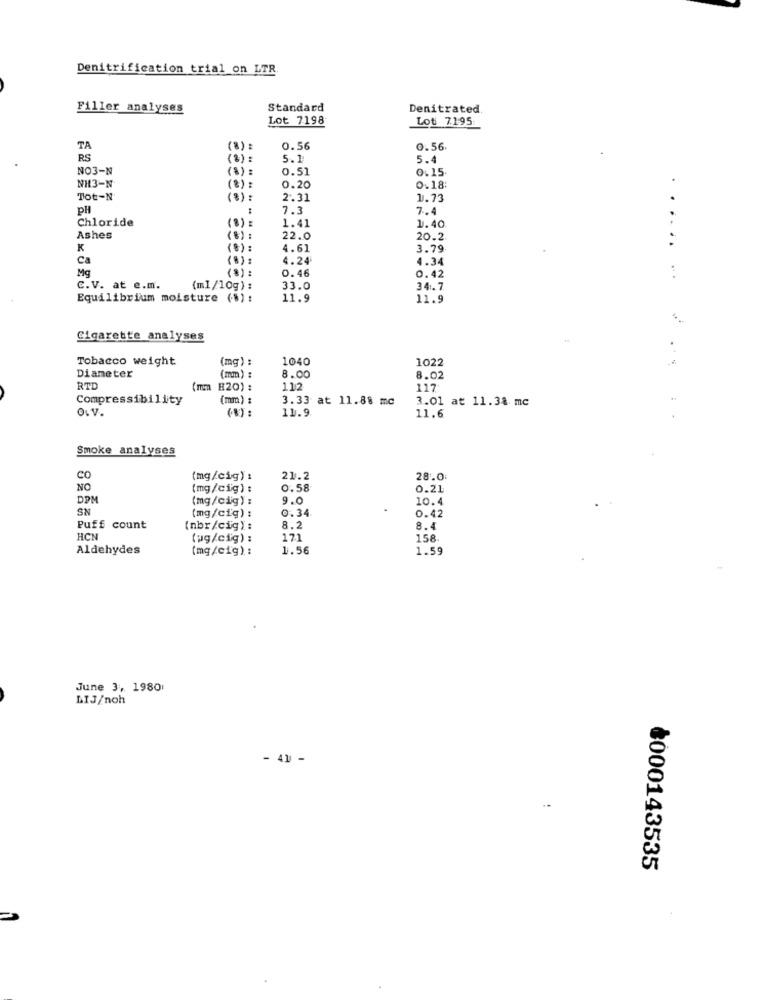
Denitrification trial on LTR.
Filler analyses
Standard
Denitrated.
Lot 7198
Lot 7195
TA
(8) :
0.56
0.56
RS
(2)
5.1
5.4
NO3-N
(8) :
0.51
0.15
NH3-N
(%)
0.20
0.18
Tot-N
(%) :
2.31
1.73
PH
7.3
7.4
Chloride
(3) :
1.41
1.40
Ashes
(%) :
22.0
20.2
K
(%) :
4.61
3.79
ca
(8) :
4.24
4.34
Mg
(8) :
0.46
0.42
C.V. at e.m.
(ml/10g) :
33.0
34.7
Equilibrium moisture (8) :
11.9
11.9
........
Cigarette analyses
Tobacco weight
(mg) :
1040
1022
Diameter
(mm) :
8.00
8.02
RTD
(mm B20) :
112
117
Compressibility
(mm) :
3.33 at 11.88 mc
3.01 at 11.38 mc
O.V.
(%):
11.9
11.6
.
Smoke analyses
CO
(mg/cig) :
21.2
28.0
NO
(mg/cig) :
0.58
0.21
DPM
(mg/cig) :
9.0
10.4
SN
0.34
0.42
(mg/cig) :
Puff count
(nbr/cig) :
8.2
8.4
HCN
(ug/cig) :
171
158
Aldehydes
(mg/cig) :
1.56
1.59
June 3, 1980
LIJ/noh
- 41 -
1000143535